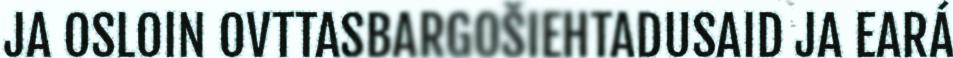
JA OSLOIN OVTTASBARGOŠIEHTADUSAID JA EARÁ